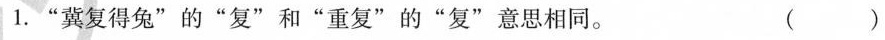
1.”冀复得兔”的”复”和”重复”的”复”意思相同。 ()